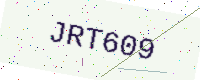
Text: JRT609